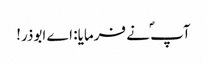
آپ ؐنے فرمایا: اے ابوذر!